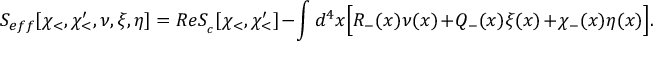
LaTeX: S _ { e f f } [ \chi _ { < } , \chi _ { < } ^ { \prime } , \nu , \xi , \eta ] = R e S _ { \L _ { c } } [ \chi _ { < } , \chi _ { < } ^ { \prime } ] - \int d ^ { 4 } x \Big [ R _ { - } ( x ) \nu ( x ) + Q _ { - } ( x ) \xi ( x ) + \chi _ { - } ( x ) \eta ( x ) \Big ] .